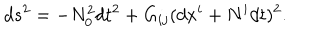
d s ^ { 2 } = - N _ { 0 } ^ { 2 } d t ^ { 2 } + G _ { i j } ( d x ^ { i } + N ^ { i } d t ) ^ { 2 } .